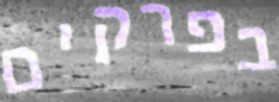
בפרקים